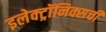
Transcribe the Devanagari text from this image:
इलेक्ट्रॉनिक्सची